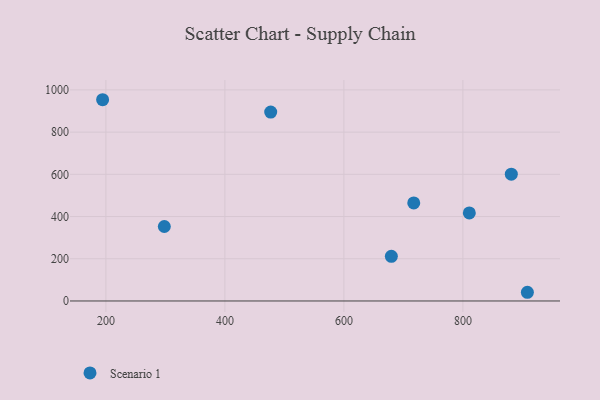
{"axis": {"x": "Experience", "y": "Rating"}, "legend": ["Scenario 1"], "data": [{"x": "810.8", "y": 416.9, "type": "Scenario 1"}, {"x": "194.5", "y": 953.4, "type": "Scenario 1"}, {"x": "477.0", "y": 894.8, "type": "Scenario 1"}, {"x": "908.4", "y": 41.2, "type": "Scenario 1"}, {"x": "717.4", "y": 464.4, "type": "Scenario 1"}, {"x": "881.4", "y": 600.9, "type": "Scenario 1"}, {"x": "679.8", "y": 211.3, "type": "Scenario 1"}, {"x": "298.2", "y": 352.8, "type": "Scenario 1"}]}